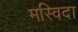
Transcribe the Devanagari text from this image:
मस्विदा